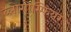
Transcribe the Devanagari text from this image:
ब्लोगोस्फियर